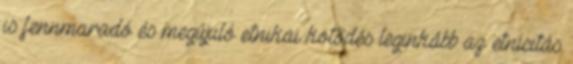
is fennmaradó és megújuló etnikai kötődés leginkább az etnicitás